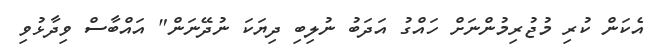
އެކަން ކުރި މުޖުރިމުންނަށް ހައްގު އަދަބު ނުލިބި ދިޔަކަ ނުދޭނަން" އައްބާސް ވިދާޅުވި